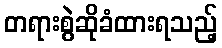
တရားစွဲဆိုခံထားရသည့်